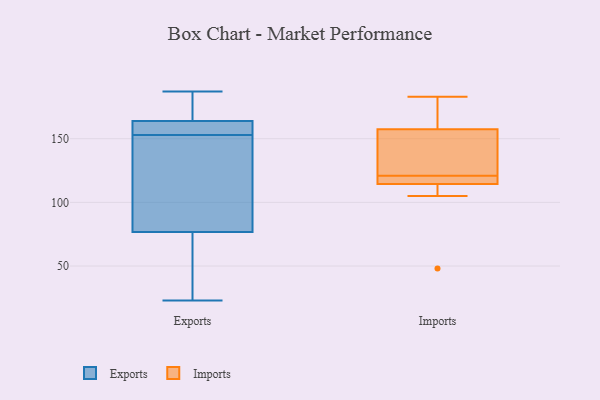
{"axis": {"x": "Satisfaction Score", "y": "Value"}, "legend": ["Exports", "Imports"], "data": [{"x": "", "y": 103, "type": "Exports"}, {"x": "", "y": 68, "type": "Exports"}, {"x": "", "y": 187, "type": "Exports"}, {"x": "", "y": 36, "type": "Exports"}, {"x": "", "y": 156, "type": "Exports"}, {"x": "", "y": 161, "type": "Exports"}, {"x": "", "y": 165, "type": "Exports"}, {"x": "", "y": 23, "type": "Exports"}, {"x": "", "y": 153, "type": "Exports"}, {"x": "", "y": 139, "type": "Exports"}, {"x": "", "y": 169, "type": "Exports"}, {"x": "", "y": 119, "type": "Imports"}, {"x": "", "y": 48, "type": "Imports"}, {"x": "", "y": 121, "type": "Imports"}, {"x": "", "y": 113, "type": "Imports"}, {"x": "", "y": 173, "type": "Imports"}, {"x": "", "y": 156, "type": "Imports"}, {"x": "", "y": 158, "type": "Imports"}, {"x": "", "y": 183, "type": "Imports"}, {"x": "", "y": 105, "type": "Imports"}, {"x": "", "y": 128, "type": "Imports"}, {"x": "", "y": 119, "type": "Imports"}]}